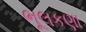
ભૂલકણા